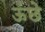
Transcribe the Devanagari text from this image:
ऊंछे